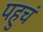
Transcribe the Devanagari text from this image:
पहुचं